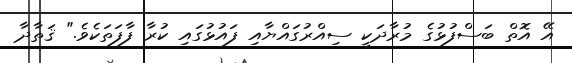
އޭ އޮތް ބަސްފުޅުގެ މުރާދަކީ ސިއްރުގައްޔާއި ފައުޅުގައި ކުރާ ފާފަތަކެވެ." ޤަތާދާ